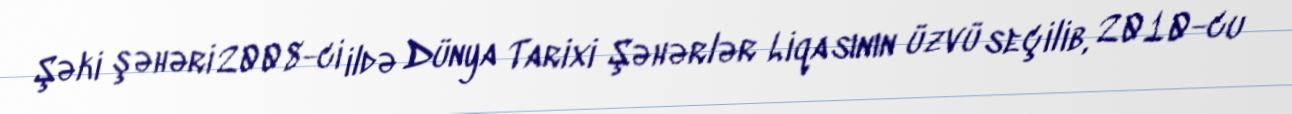
Şəki şəhəri 2008-ci ildə Dünya Tarixi Şəhərlər Liqasının üzvü seçilib, 2010-cu